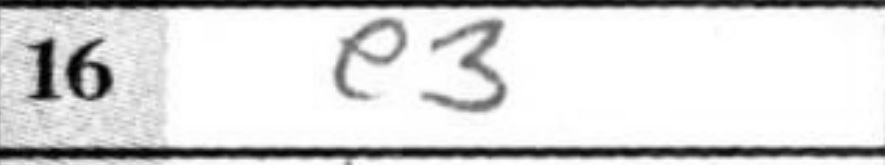
Transcription: e3